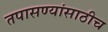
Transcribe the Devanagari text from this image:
तपासण्यांसाठीच